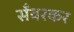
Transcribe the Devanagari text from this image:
सँवरकर